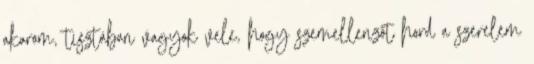
akarom, tisztában vagyok vele, hogy szemellenzőt hord a szerelem